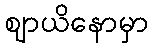
ဈာယိနောမှာ